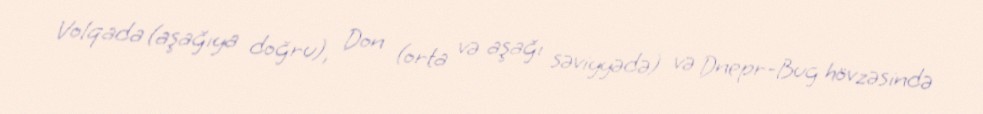
Volqada (aşağıya doğru), Don (orta və aşağı səviyyədə) və Dnepr-Bug hövzəsində